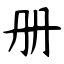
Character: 册